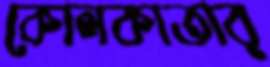
কোলকাতার